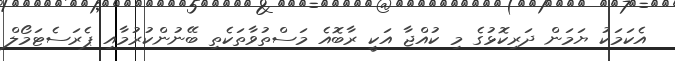
އެކަމަކު ޔަމަން ދަރިކޮޅުގެ މި ކުއްޖާ އަކީ ރާބޮއެ މަސްތުވާތަކެތި ބޭނުންކުރުމާއި ޕެރަސެޓަމޯލް